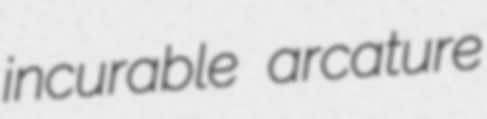
incurable arcature